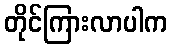
တိုင်ကြားလာပါက